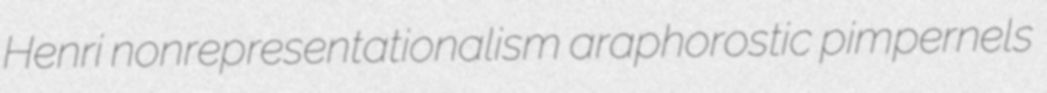
Henri nonrepresentationalism araphorostic pimpernels